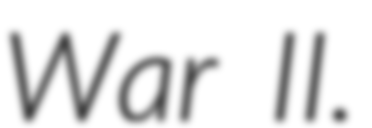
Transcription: War II.